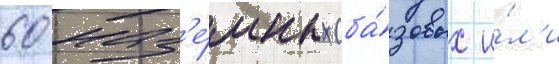
60 наз'е́мных (ба́зовых и́л'и